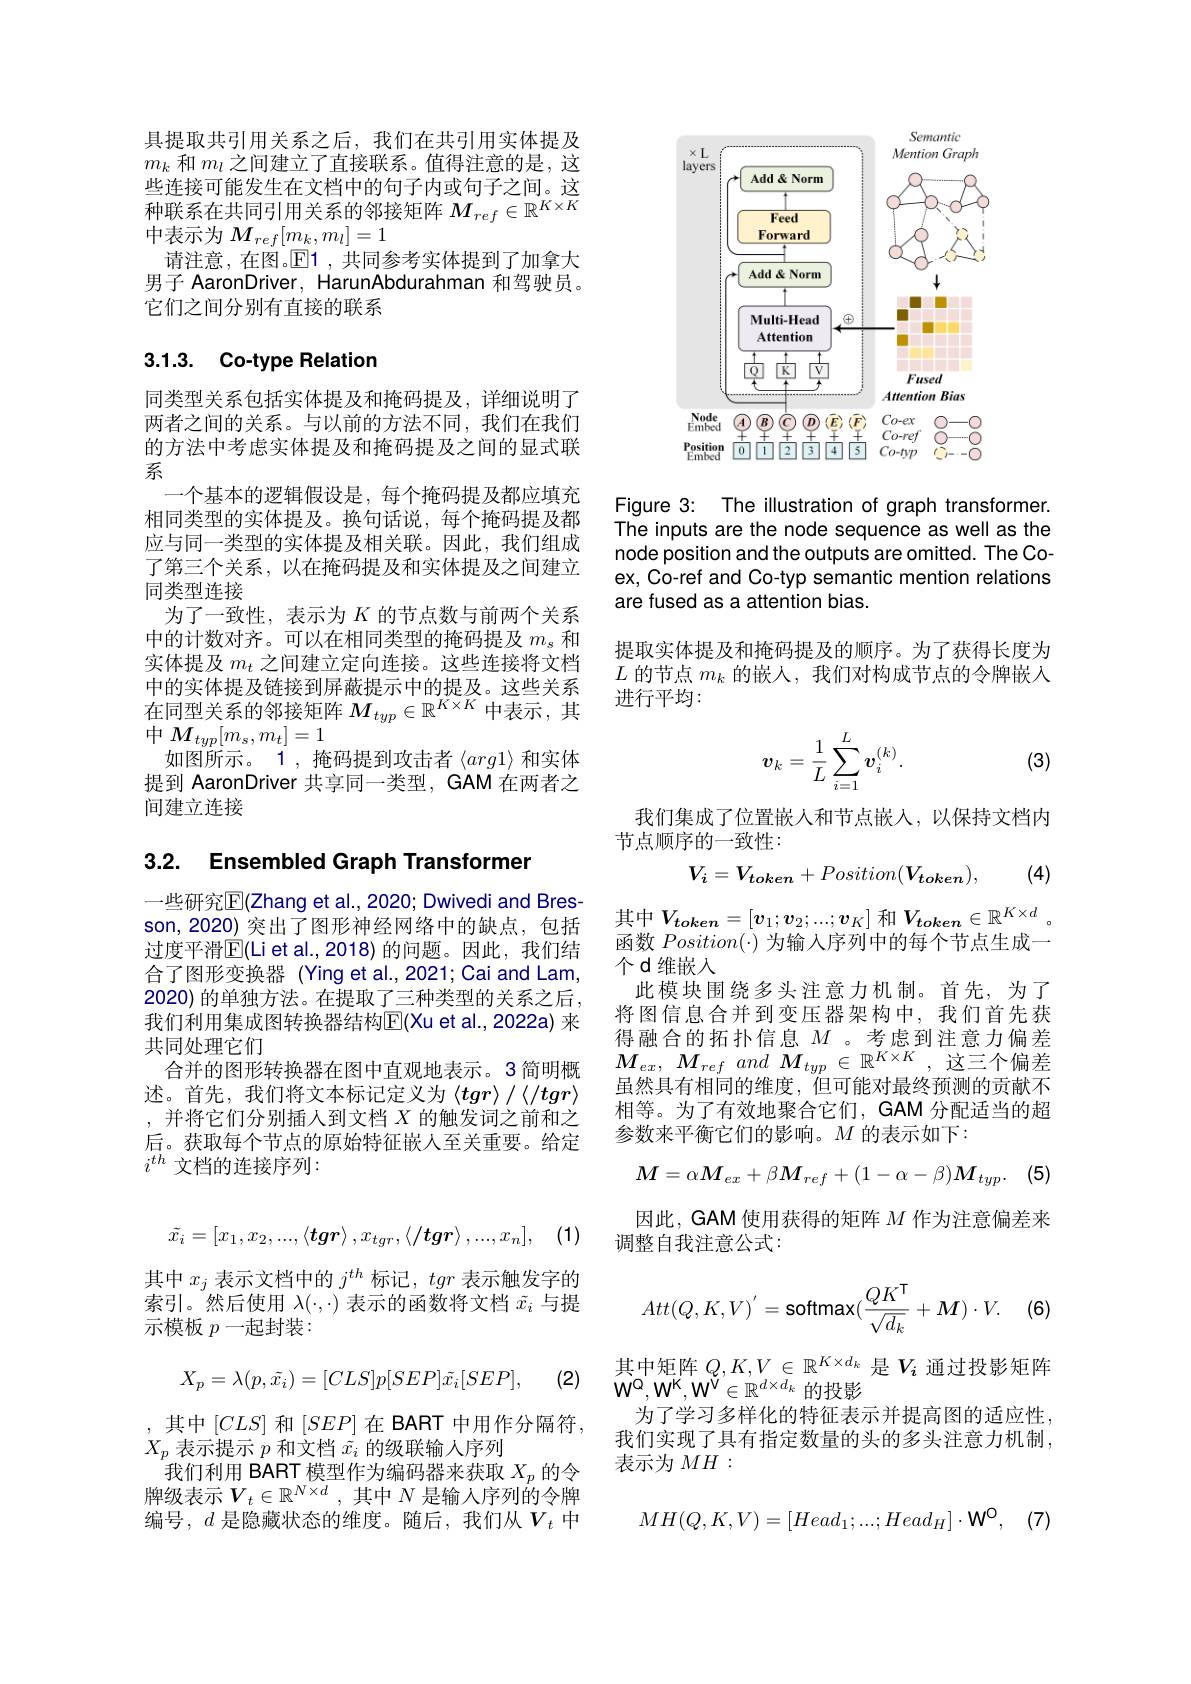
具提取共引用关系之后，我们在共引用实体提及$m_k$和$m_l$之间建立了直接联系。值得注意的是，这些连接可能发生在文档中的句子内或句子之间。这三 边 段 可 能 及 上 正 人 口 1日 门 门 门 门 门 人 口 门 人 口 种 联 系 在 共 同 引 用 关 系 的 邻 接 矩 阵 $M_{ref}\in \mathbb{R} ^{K\times K}$ 中表示为$M_{ref}[m_k,m_l]=1$
请注意，在图。$\operatorname{E}$1 ,共同参考实体提到了加拿大男子 AaronDriver, HarunAbdurahman 和驾驶员。它们之间分别有直接的联系

## 3.1.3. Co-type Relation

同类型关系包括实体提及和掩码提及，详细说明了两者之间的关系。与以前的方法不同，我们在我们的方法中考虑实体提及和掩码提及之间的显式联系
一个基本的逻辑假设是，每个掩码提及都应填充相同类型的实体提及。换句话说，每个掩码提及都应与同一类型的实体提及相关联。因此，我们组成了第三个关系，以在掩码提及和实体提及之间建立同类型连接
为了一致性，表示为$K$的节点数与前两个关系中的计数对齐。可以在相同类型的掩码提及$m_\mathrm{s}$和实体提及$m_t$之间建立定向连接。这些连接将文档中的实体提及链接到屏蔽提示中的提及。这些关系在同型关系的邻接矩阵$M_typ\in\mathbb{R}^{K\times K}$中表示，其$中M_{typ}[m_{s},m_{t}]=1$
如图所示。1,掩码提到攻击者$\langle arg1\rangle$和实体提到 AaronDriver 共享同一类型，GAM 在两者之间建立连接

## 3.2. Ensembled Graph Transformer

一些研究$\mathbb{E}($Zhang et al., 2020; Dwivedi and Bresson,2020) 突出了图形神经网络中的缺点，包括过度平滑$\mathbb{E}($Li et al.,2018)的问题。因此，我们结合了图形变换器 (Ying et al.,2021; Cai and Lam, 2020) 的单独方法。在提取了三种类型的关系之后， 我们利用集成图转换器结构$\mathbb{E}($Xu et al.,2022a) 来共同处理它们
合并的图形转换器在图中直观地表示。3 简明概述。首先，我们将文本标记定义为$\langle tgr\rangle/\langle/tgr\rangle$ ,并将它们分别插入到文档$X$的触发词之前和之后。获取每个节点的原始特征嵌人至关重要。给定$i^{th}$ 文档的连接序列：
$$\tilde{x_i}=[x_1,x_2,...,\langle\boldsymbol{tgr}\rangle,x_{tgr},\langle\langle\boldsymbol{tgr}\rangle,...,x_n],$$
其中$x_j$表示文档中的$j^th$标记，tgr表示触发字的索引。然后使用$\lambda(\cdot,\cdot)$表示的函数将文档$\tilde{x}_i$与提示模板 $p$一起封装：

(2)
$$X_p=\lambda(p,\tilde{x_i})=[CLS]p[SEP]\tilde{x_i}[SEP],$$
,其中$[CLS]$和$[SEP]$在 BART 中用作分隔符，
$X_p$表示提示$p$和文档$\tilde{x}_i$的级联输入序列
我们利用 BART 模型作为编码器来获取$X_p$的令牌级表示$V_t\in\mathbb{R}^{N\times d}$,其中$N$ 是输入序列的令牌编号，$d$ 是隐藏状态的维度。随后，我们从$V_t$ 中

<FigureHere>

Figure 3: The illustration of graph transformer. The inputs are the node sequence as well as the node position and the outputs are omitted. The Coex, Co-ref and Co-typ semantic mention relations are fused as a attention bias.

提取实体提及和掩码提及的顺序。为了获得长度为$L$的节点$m_k$的嵌人，我们对构成节点的令牌嵌入进行平均：
$$\boldsymbol{v}_k=\dfrac{1}{L}\sum_{i=1}^{L}\boldsymbol{v}_i^{(k)}.$$
(3)

我们集成了位置嵌人和节点嵌入，以保持文档内
节点顺序的一致性：

(4)
$$V_{i}=V_{token}+Position(V_{token}),$$
其 中 $V_{token}= [ \boldsymbol{v}_1; \boldsymbol{v}_2; . . . ; \boldsymbol{v}_K]$ 和 $V_{token}\in \mathbb{R} ^{K\times d}$ 。$\neg \psi _{\perp }$ D$\left ( - \frac 12\right ) , \forall \psi _{\perp }, \forall \psi _{\perp }, \forall \psi _{\perp }, \forall \psi _{\perp }, \forall \psi _{\perp }, \forall \psi _{\perp }, \forall \psi _{\perp }, \forall \psi _{\perp }, \forall \psi _{\perp }, \forall \psi _{\perp }, \forall \psi _{\perp }, \forall \psi _{\perp }, \forall \psi _{\perp }, \forall \psi _{\perp }, \forall \psi _\:{\perp }, \forall \psi _{\perp }, \forall \psi _{\perp }, \forall \psi _{\perp }, \forall \psi _{\perp }, \forall \psi _{\perp }, \forall \psi _{\perp }, \forall \psi _{\perp }, \forall \psi _{\perp }$ 函数$Position(\cdot)$为输入序列中的每个节点生成一个d维嵌人
此模块围绕多头注意力机制。首先，为了将图信息合并到变压器架构中，我们首先获得融合的拓扑信息$M$ 。考虑到注意力偏差$M_{ex}$, $M_{ref}$ and $M_{typ}\in \mathbb{R} ^{K\times K}$ , 这三个偏差虽然具有相同的维度，但可能对最终预测的贡献不相等。为了有效地聚合它们，GAM 分配适当的超参数来平衡它们的影响。$M$的表示如下：
$$M=\alpha M_{ex}+\beta M_{ref}+(1-\alpha-\beta)\boldsymbol{M}_{typ}.$$
(5)

因此，GAM 使用获得的矩阵$M$作为注意偏差来
调整自我注意公式：
$$Att(Q,K,V)^{'}=\text{softmax}(\frac{QK^{\mathsf{T}}}{\sqrt{d_k}}+\boldsymbol{M})\cdot V.$$
(6)

其中矩阵$Q,K,V\in\mathbb{R}^{K\times d_k}$是$V_i$通过投影矩阵

$\mathbf{W}^{Q},\mathbf{W}^{K},\mathbf{W}^{V}\in\mathbb{R}^{d\times d_{k}}$的投影
为了学习多样化的特征表示并提高图的适应性， 我们实现了具有指定数量的头的多头注意力机制， 表示为$MH:$
$$MH(Q,K,V)=[Head_1;...;Head_H]\cdot\mathbf{W}^0,$$
(7)